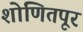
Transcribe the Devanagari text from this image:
शोणितपूर